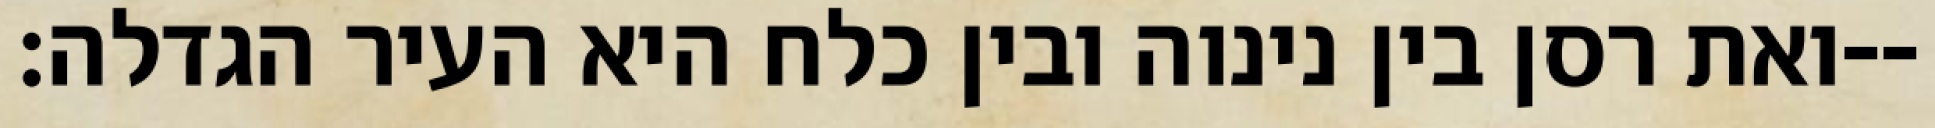
ואת רסן בין נינוה ובין כלח היא העיר הגדלה׃--